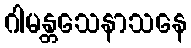
ဂါမန္တသေနာသနေ